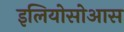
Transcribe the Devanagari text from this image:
इलियोसोआस